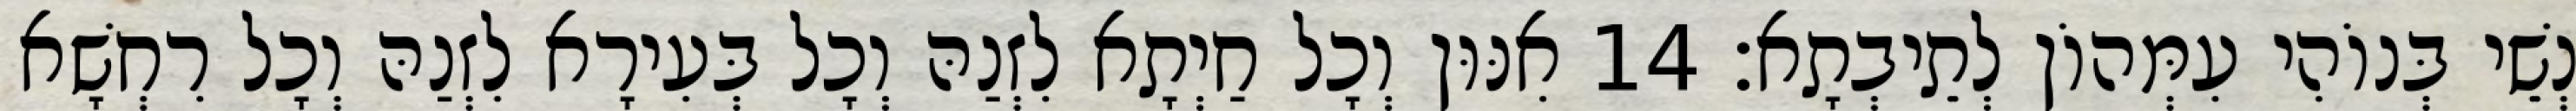
נְשֵׁי בְּנוֹהִי עִמְּהוֹן לְתֵיבְתָא׃ 14 אִנּוּן וְכָל חַיְתָא לִזְנַהּ וְכָל בְּעִירָא לִזְנַהּ וְכָל רִחְשָׁא